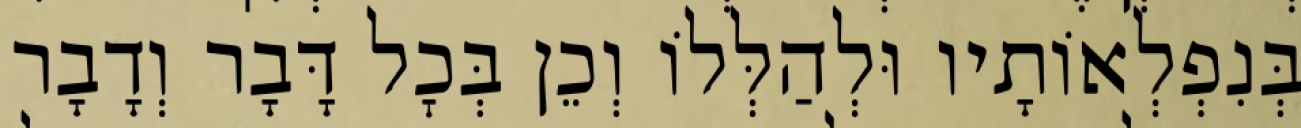
בְּנִפְלְאוֹתָיו וּלְהַלְּלוֹ וְכֵן בְּכׇל דָּבָר וְדָבָר